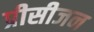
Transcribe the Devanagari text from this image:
प्रीसीजन